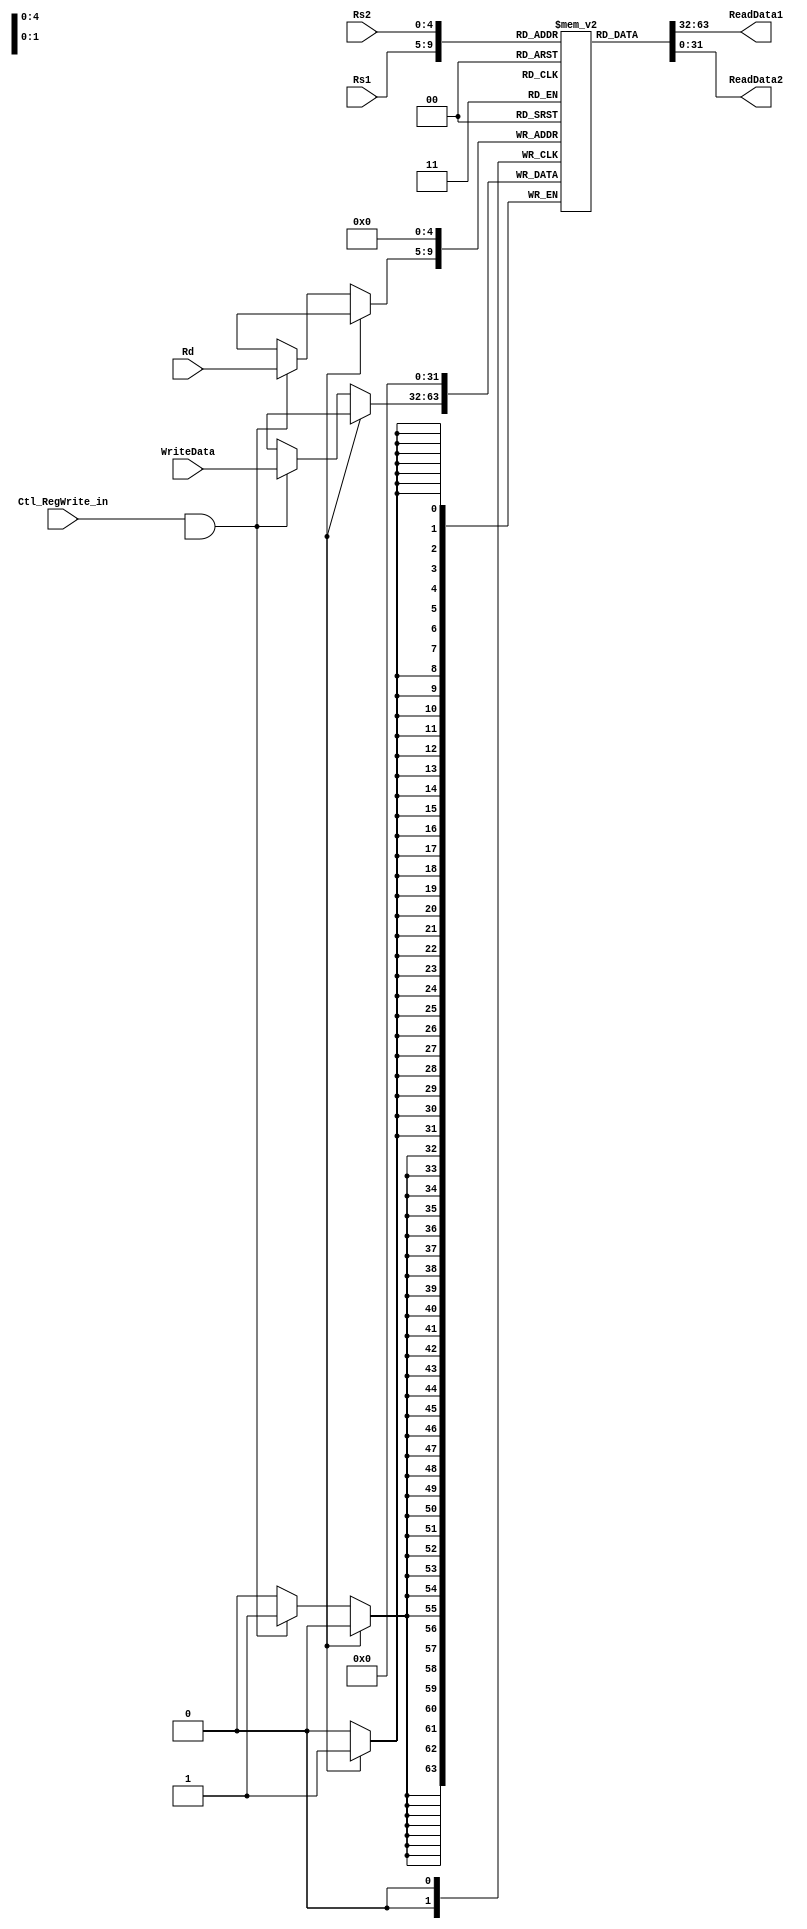
module Register_File(
	input Ctl_RegWrite_in,
	input [4:0] Rs1, Rs2, Rd,
	input [31:0] WriteData,
	output [31:0] ReadData1, ReadData2
    );
	 
parameter reg_size = 32;
reg [31:0] Reg[0:reg_size-1]; //32bit reg
integer i;
always@(posedge clk) begin
	if(reset) begin
		Reg[0] <= 0;
	end
	else if(Ctl_RegWrite_in && WriteReg!=0)
		Reg[Rd] <= WriteData;
end

assign ReadData1 = Reg[Rs1];
assign ReadData2 = Reg[Rs2];


endmodule